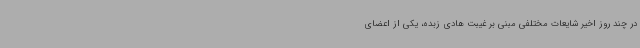
در چند روز اخیر شایعات مختلفی مبنی بر غیبت هادی زبده، یکی از اعضای